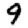
Digit: 9